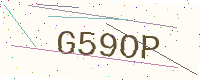
Text: G59OP